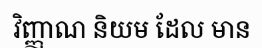
វិញ្ញាណ និយម ដែល មាន